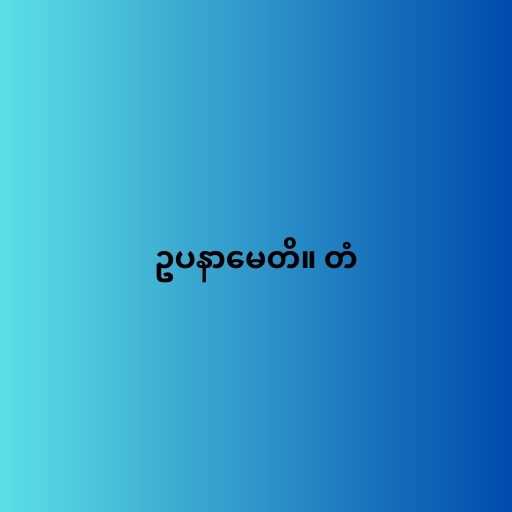
ဥပနာမေတိ။ တံ